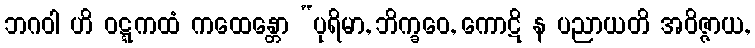
ဘဂဝါ ဟိ ဝဋ္ဋကထံ ကထေန္တော “ပုရိမာ, ဘိက္ခဝေ, ကောဋိ န ပညာယတိ အဝိဇ္ဇာယ,